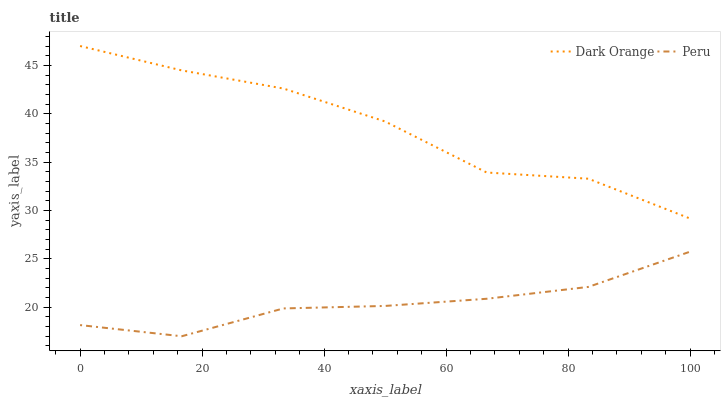
| xaxis_label | Dark Orange | Peru |
 | --- | --- | --- |
 | 0 | 47 | 18.2 |
 | 16.7 | 44.5 | 17 |
 | 33.3 | 42.6 | 19.9 |
 | 50 | 39.2 | 20.1 |
 | 66.7 | 33.9 | 20.9 |
 | 83.3 | 33.3 | 22.1 |
 | 100 | 29.2 | 25.7 |